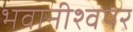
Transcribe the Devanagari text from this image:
भवानीश्वपर